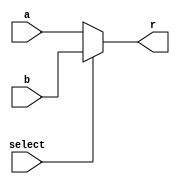
`timescale 1ns / 1ps

// 32  2  1 
// PipeEXE
module MUX2_1(
    input [31:0] a,
    input [31:0] b,
    input select,
    output [31:0] r
);

    assign r = (select == 1'b0)? a: b;

endmodule

// 32  4  1 
// PipeWB
module MUX4_1(
    input [31:0] a,
    input [31:0] b,
    input [31:0] c,
    input [31:0] d,
    input [1:0] select,
    output [31:0] r
);

    assign r = (select == 2'b00)? a:
               (select == 2'b01)? b:
               (select == 2'b10)? c:
               (select == 2'b11)? d: 0;

endmodule

// 32  6  1 
// PipeIF
module MUX6_1(
    input [31:0] a,
    input [31:0] b,
    input [31:0] c,
    input [31:0] d,
    input [31:0] e,
    input [31:0] f,
    input [2:0] select,
    output [31:0] r
);

    assign r = (select == 3'b000)? a:
               (select == 3'b001)? b:
               (select == 3'b010)? c:
               (select == 3'b011)? d:
               (select == 3'b100)? e:
               (select == 3'b101)? f: 0;

endmodule

// 32  8  1 
// PipeWB
module MUX8_1(
    input [31:0] a,
    input [31:0] b,
    input [31:0] c,
    input [31:0] d,
    input [31:0] e,
    input [31:0] f,
    input [31:0] g,
    input [31:0] h,
    input [2:0] select,
    output [31:0] r
);

    assign r = (select == 3'b000)? a:
               (select == 3'b001)? b:
               (select == 3'b010)? c:
               (select == 3'b011)? d:
               (select == 3'b100)? e:
               (select == 3'b101)? f:
               (select == 3'b110)? g:
               (select == 3'b111)? h: 0;

endmodule